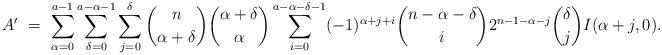
LaTeX: \begin{align*} A' \ &= \ \sum_{\alpha = 0}^{a-1} \sum_{\delta = 0}^{a - \alpha - 1}\sum_{j=0}^\delta \binom{n}{\alpha + \delta} \binom{\alpha + \delta}{\alpha} \sum_{i=0}^{a - \alpha - \delta - 1} (-1)^{\alpha +j+i} \binom{n - \alpha - \delta}{i} 2^{n-1-\alpha-j} \binom{\delta}{j} I(\alpha + j, 0). \end{align*}